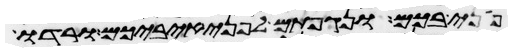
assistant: פני בכם ונגפתם לפני איביכם ורדו